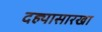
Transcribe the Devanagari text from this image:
दह्यासारखा